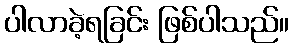
ပါလာခဲ့ရခြင်း ဖြစ်ပါသည်။